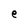
Character: e